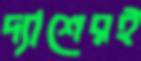
দ্যাশেরই